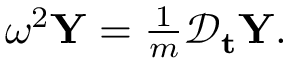
\begin{array} { r } { \omega ^ { 2 } \mathbf { Y } = \frac { 1 } { m } \mathcal { D } _ { \mathbf { t } } \mathbf { Y } . } \end{array}